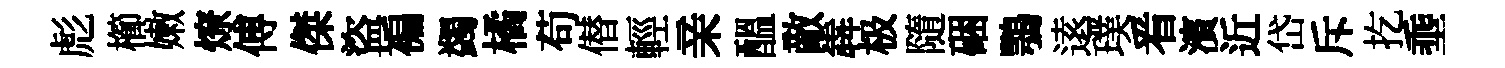
彪櫛嫩燎傅傑盜褊蠲橘苟僣輕亲醖敵犇极隨硱鶚逺璞㸔濱近岱斥扢埀